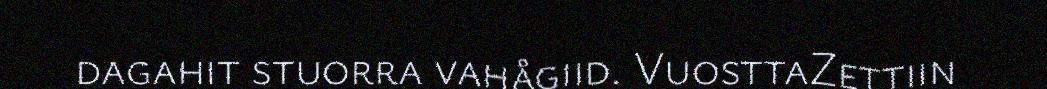
dagahit stuorra vahågiid. VuosttaZettiin